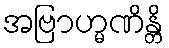
အဗြာဟ္မဏိန္တိ